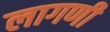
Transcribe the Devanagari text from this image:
लागणी